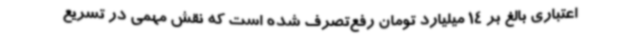
اعتباری بالغ بر 14 میلیارد تومان رفع‌تصرف شده است که نقش مهمی در تسریع